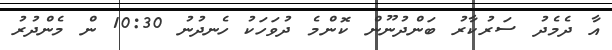
އާ ދެމެދު ސަރުކާރު ބަންދުނޫން ކޮންމެ ދުވަހަކު ހެނދުނު 10:30 ން މެންދުރު